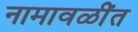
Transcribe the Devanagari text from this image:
नामावळींत